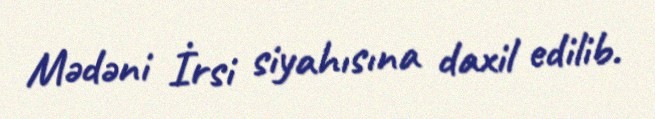
Mədəni İrsi siyahısına daxil edilib.